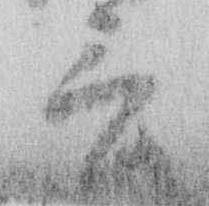
言